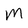
Character: m